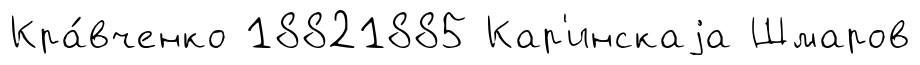
Кра́вченко 18821885 Кар'инскаjа Шмаров